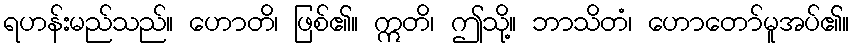
ရဟန်းမည်သည်။ ဟောတိ၊ ဖြစ်၏။ ဣတိ၊ ဤသို့။ ဘာသိတံ၊ ဟောတော်မူအပ်၏။